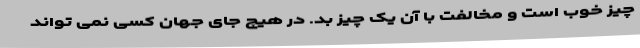
چیز خوب است و مخالفت با آن یک چیز بد. در هیچ جای جهان کسی نمی تواند